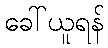
ခေါ်ယူရန်